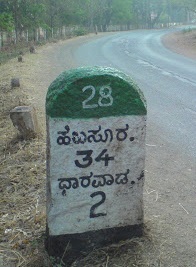
Language: kannada
Transcription: ಹೆಬಸೂರ ಧಾರವಾಡ